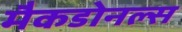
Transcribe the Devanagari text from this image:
मैकडोनल्स